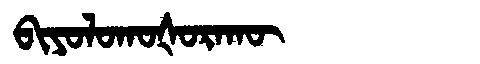
Manchu: ᠪᡳᠶᠣᠯᠣᡴᠣᡧᠣᡵᠠᡴᡡ
Romanization: BIYOLOKOŠORAKŪ